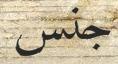
جنس